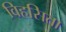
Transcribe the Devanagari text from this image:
विहसिता